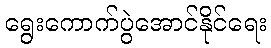
ရွေးကောက်ပွဲအောင်နိုင်ရေး